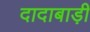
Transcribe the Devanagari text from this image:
दादाबाड़ी